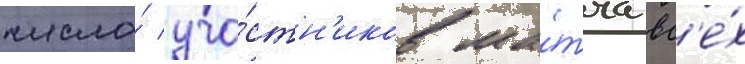
число́ уча́стн'иков ма́тча вс'е́х